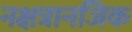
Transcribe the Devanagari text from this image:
नक्षत्रानजिक